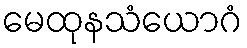
မေထုနသံယောဂံ